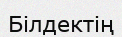
Білдектің